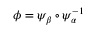
\phi = \psi _ { \beta } \circ \psi _ { \alpha } ^ { - 1 }